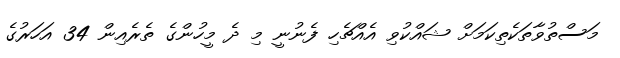
މަސްތުވާތަކެތިކަމަށް ޝައްކުވި އެއްޗެހި ފެނުނީ މި ދެ މީހުންގެ ތެރެއިން 34 އަހަރުގެ